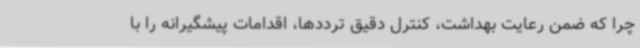
چرا که ضمن رعایت بهداشت، کنترل دقیق ترددها، اقدامات پیشگیرانه را با